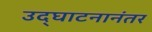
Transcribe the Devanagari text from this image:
उद्‌घाटनानंतर